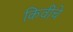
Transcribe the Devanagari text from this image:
किवीचे